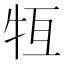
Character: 𤙆